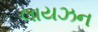
લાયઝન